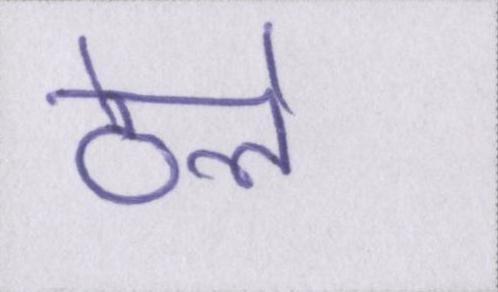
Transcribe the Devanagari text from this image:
ठेले